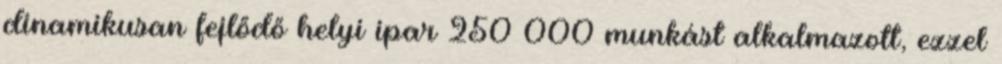
dinamikusan fejlődő helyi ipar 250 000 munkást alkalmazott, ezzel